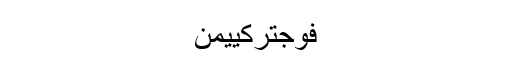
فوجترکییمن